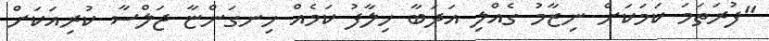
"ފުރަތަމަ ކަމަކަށް ނިޒާމު ގެއްލި އަދަބާ ހިލާފު ކަމެއް ހިނގަންޏާ ޖަލްސާ ކުރިއަކަށް